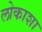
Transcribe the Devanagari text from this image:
लोकाशा